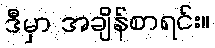
ဒီမှာ အချိန်စာရင်း။